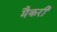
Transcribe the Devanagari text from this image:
मैकरी